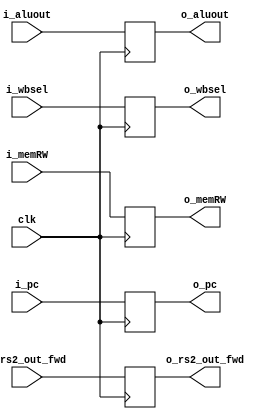
module flip_flop_EX1(i_pc,i_aluout,i_rs2_out_fwd,i_memRW,i_wbsel,o_pc,o_aluout,o_rs2_out_fwd,o_memRW,o_wbsel,clk);
parameter	PC_LENGTH = 32;
parameter 	DATA_LENGTH = 32;

input [PC_LENGTH-1:0] 	i_pc;
input [DATA_LENGTH-1:0]	i_rs2_out_fwd,i_aluout;
input [1:0] i_wbsel;
input i_memRW;
input clk; 

output reg [PC_LENGTH-1:0] 	o_pc;
output reg [DATA_LENGTH-1:0]	o_rs2_out_fwd,o_aluout;
output reg [1:0] o_wbsel;
output reg o_memRW;

always @(posedge clk)
begin
	o_pc = i_pc;
	o_rs2_out_fwd = i_rs2_out_fwd;
	o_aluout = i_aluout;
	o_wbsel = i_wbsel;
	o_memRW = i_memRW; 
end 

endmodule